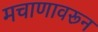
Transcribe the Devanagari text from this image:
मचाणावरून